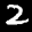
Label: 2